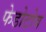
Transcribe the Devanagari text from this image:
फेडोटोव